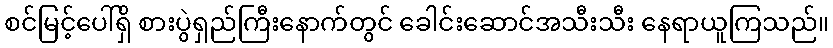
စင်မြင့်ပေါ်ရှိ စားပွဲရှည်ကြီးနောက်တွင် ခေါင်းဆောင်အသီးသီး နေရာယူကြသည်။